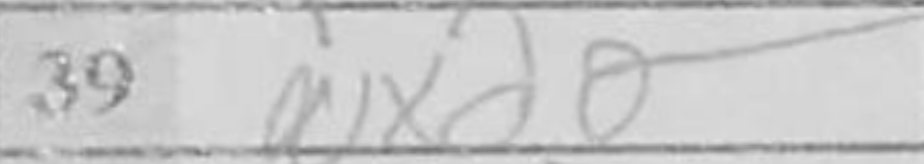
Transcription: Nxd6